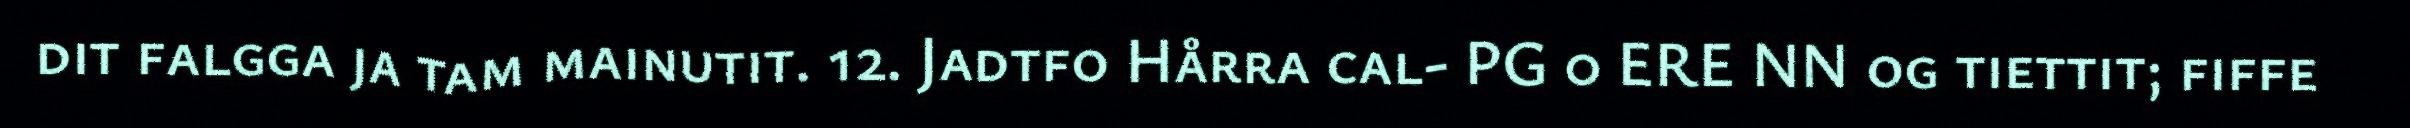
dit falgga ja tam mainutit. 12. Jadtfo Hårra cal- PG 0 ERE NN og tiettit; fiffe